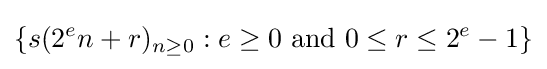
\{s(2^{e}n+r)_{n\geq 0}:e\geq 0{\text{ and }}0\leq r\leq 2^{e}-1\}